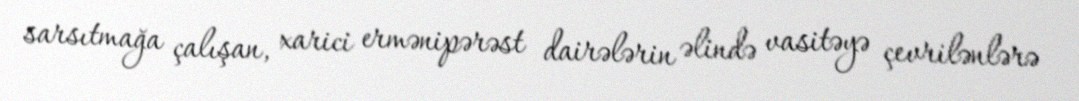
sarsıtmağa çalışan, xarici ermənipərəst dairələrin əlində vasitəyə çevrilənlərə